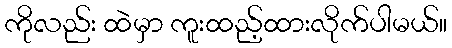
ကိုလည်း ထဲမှာ ကူးထည့်ထားလိုက်ပါမယ်။